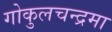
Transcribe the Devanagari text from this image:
गोकुलचन्द्रमा